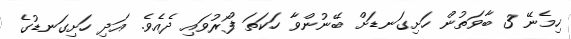
ހިމެނޭ 3 ބާވަތުން ހަށިގަނޑަށް ބޭނުންވާ ހަކަތަ ފޯރުވައި ދެއެވެ. އަދި ހަށިގަނޑުގެ